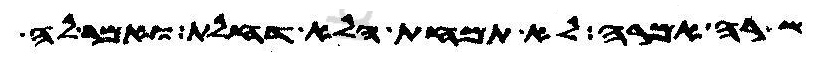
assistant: שרה אמרה לא תמחת הלא דחלת ואמר לה